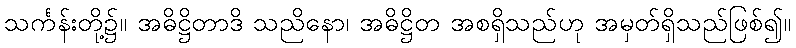
သင်္ကန်းတို့၌။ အဓိဋ္ဌိတာဒိ သညိနော၊ အဓိဋ္ဌိတ အစရှိသည်ဟု အမှတ်ရှိသည်ဖြစ်၍။